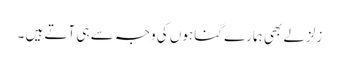
زلزلے بھی ہمارے گناہوں کی وجہ سے ہی آتے ہیں ۔